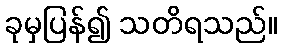
ခုမှပြန်၍ သတိရသည်။